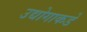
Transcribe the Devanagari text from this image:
उद्योगाकडे